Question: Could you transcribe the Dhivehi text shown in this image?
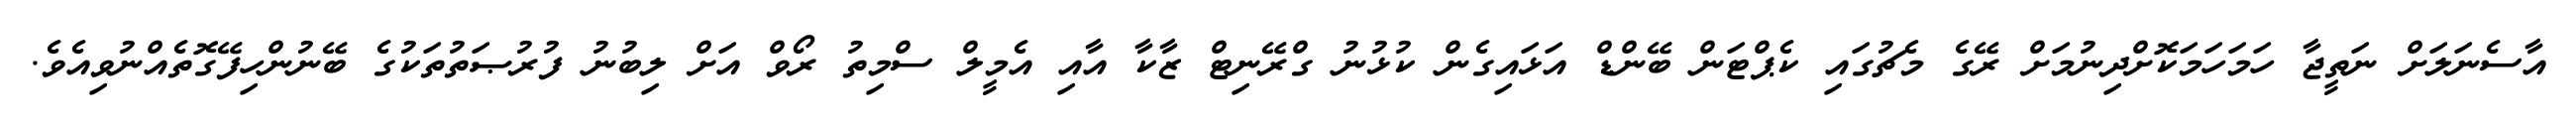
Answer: އާސެނަލަށް ނަތީޖާ ހަމަހަމަކޮށްދިނުމަށް ރޭގެ މެޗުގައި ކެޕްޓަން ބޭންޑް އަޅައިގެން ކުޅުނު ގްރޭނިޓް ޒާކާ އާއި އެމީލް ސްމިތު ރޯވް އަށް ލިބުނު ފުރުޞަތުތަކުގެ ބޭނުންހިފޭގޮތެއްނުވިއެވެ.